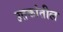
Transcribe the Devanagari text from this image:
उतकांतील